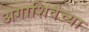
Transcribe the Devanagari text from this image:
अगाशिवच्या